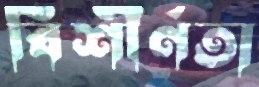
বিশীর্ণতা